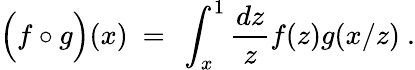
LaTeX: \Bigl(f\circ g\Bigr)(x)\ =\ \int_{x}^{1}{\frac{dz}{z}}f(z)g(x/z)\ .